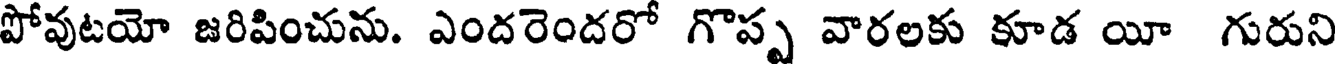
పోవుటయో జరిపించును. ఎందరెందరో గొప్ప వారలకు కూడ యీ గురుని